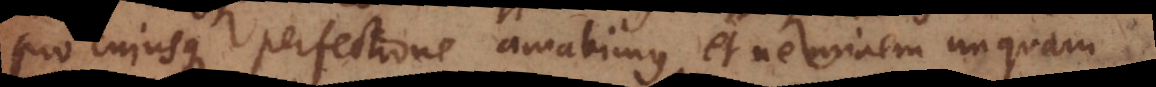
pro cujusque perfectione amabimus, et neminem unquam